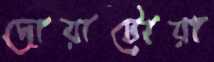
দোয়াটোয়া